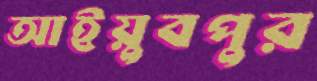
আইয়ুবপুর